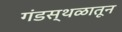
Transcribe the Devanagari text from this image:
गंडस्थळातून